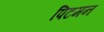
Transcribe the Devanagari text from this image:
पिटमन